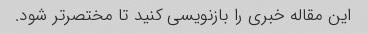
این مقاله خبری را بازنویسی کنید تا مختصرتر شود.